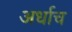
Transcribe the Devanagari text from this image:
अर्धाच